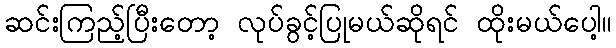
ဆင်းကြည့်ပြီးတော့ လုပ်ခွင့်ပြုမယ်ဆိုရင် ထိုးမယ်ပေါ့။